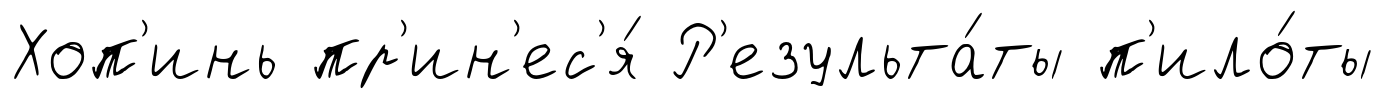
Хоп'инь пр'ин'ес'я́ Р'езульта́ты п'ило́ты